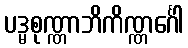
ပဒ္မစုဏ္ဏာဘိကိဏ္ဏင်္ဂေါ